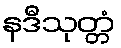
နဒီသုတ္တံ